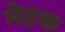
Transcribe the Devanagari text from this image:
मेहक